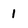
Character: 1